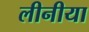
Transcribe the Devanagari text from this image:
लीनीया